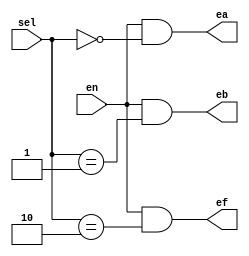
module decoder(
    input en,
    input [1:0] sel,
    output ea, eb, ef
);
    assign ea = en & (sel == 2'b00); // ppt
    assign eb = en & (sel == 2'b01);
    assign ef = en & (sel == 2'b10);
endmodule